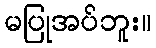
မပြုအပ်ဘူး။